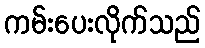
ကမ်းပေးလိုက်သည်